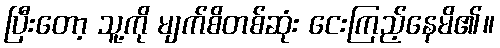
ပြီးတော့ သူ့ကို မျက်စိတစ်ဆုံး ငေးကြည့်နေမိ၏။